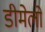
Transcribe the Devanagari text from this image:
डीमेलो